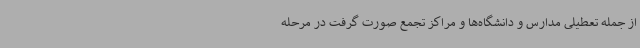
از جمله تعطیلی مدارس و دانشگاه‌ها و مراکز تجمع صورت گرفت در مرحله